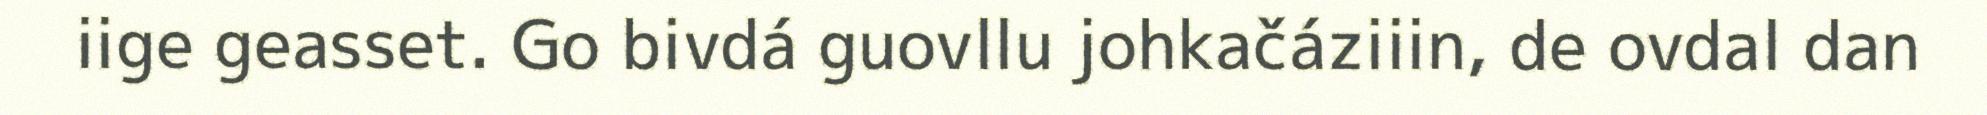
iige geasset. Go bivdá guovllu johkačáziiin, de ovdal dan